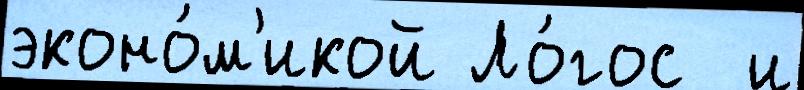
эконо́м'икой Ло́гос  и